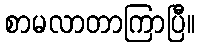
စာမလာတာကြာပြီ။